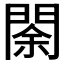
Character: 𨴩